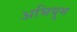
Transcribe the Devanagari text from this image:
अभियुम